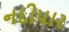
નદીપાર